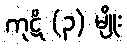
ကုဋိ (၃) မျိုး